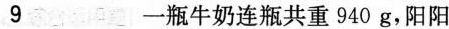
9 一瓶牛奶连瓶共重940g，阳阳